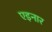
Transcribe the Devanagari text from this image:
एइनार